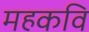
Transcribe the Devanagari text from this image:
महकवि